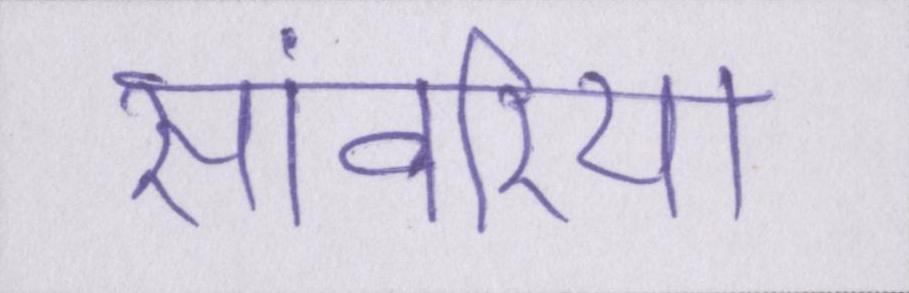
सांवरिया